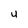
Character: U